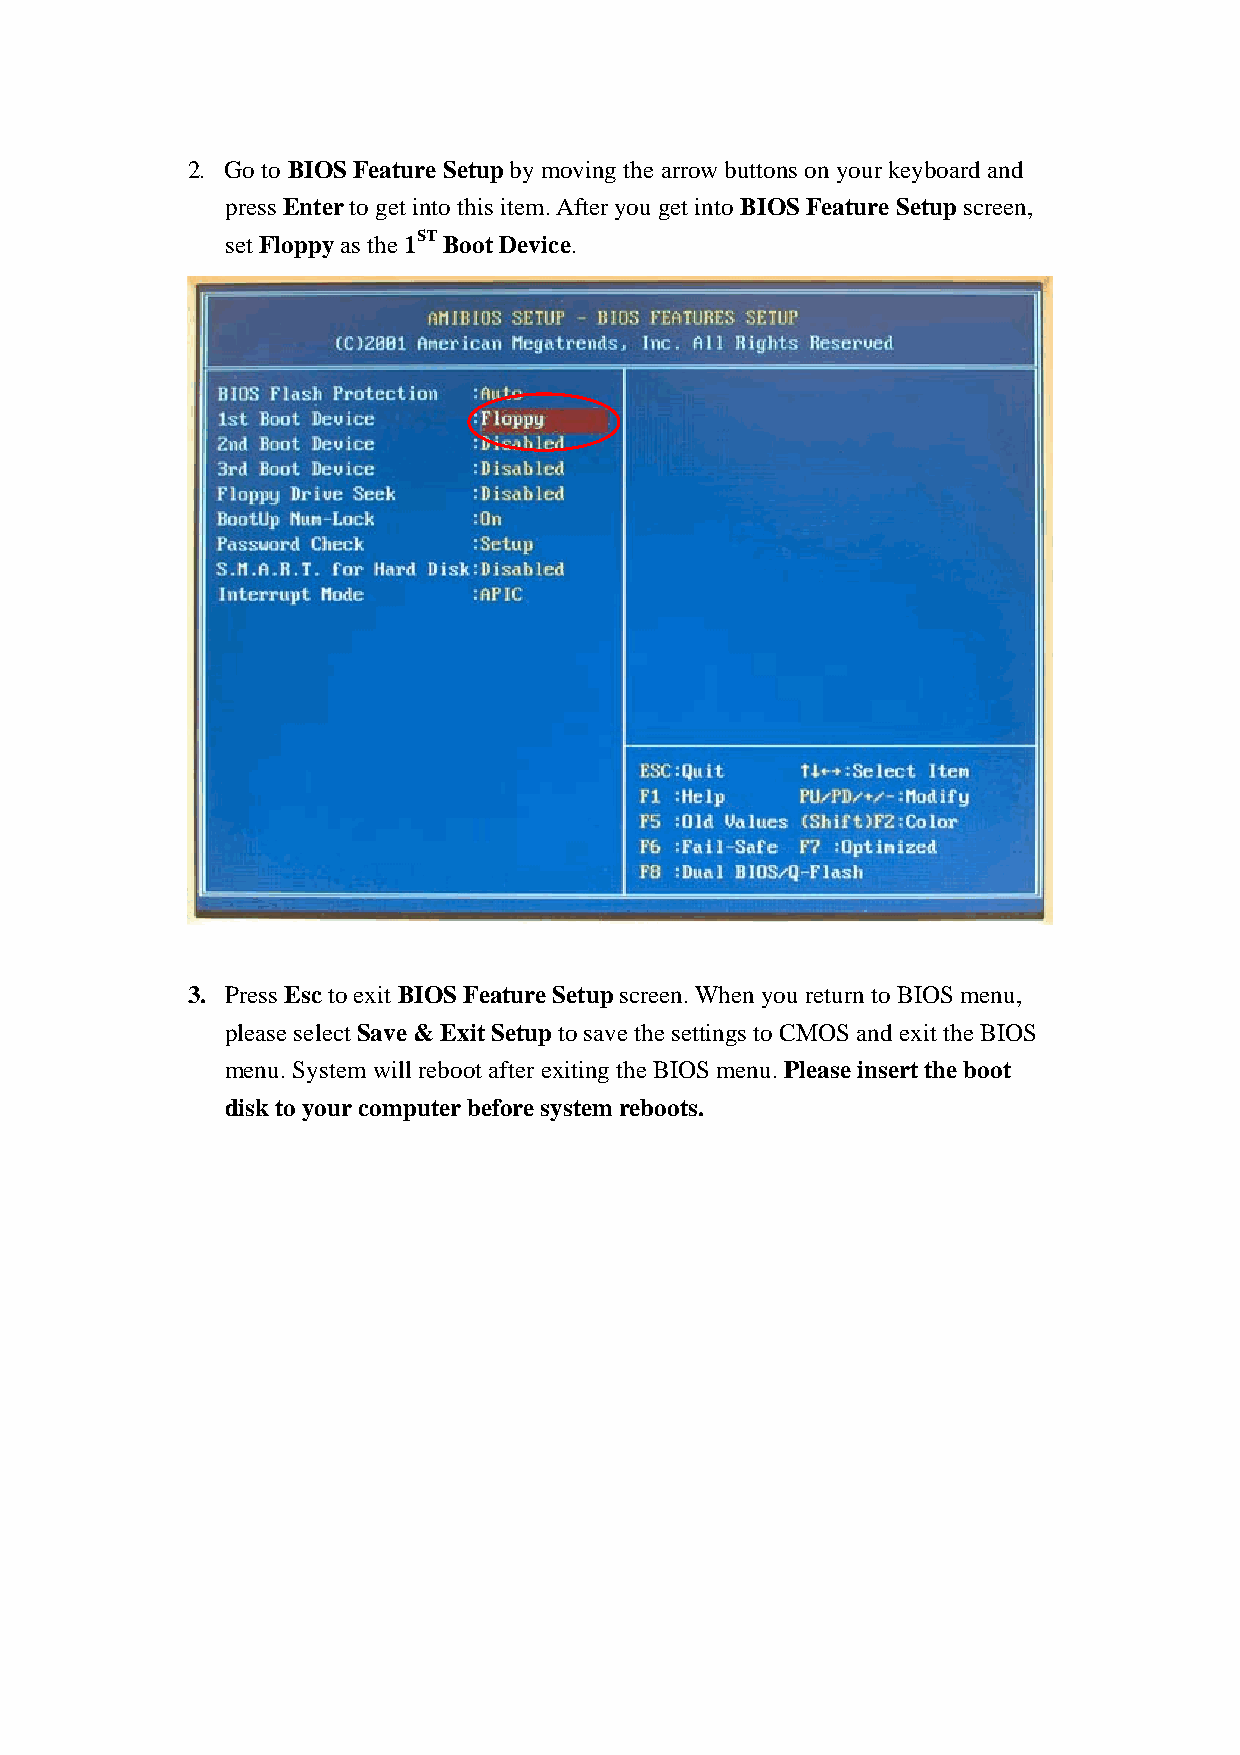
2. Go to BIOS Feature Setup by moving the arrow buttons on your keyboard and
 press Enter to get into this item. After you get into BIOS Feature Setup screen,
 set Floppy as the 1ST Boot Device.
 3. Press Esc to exit BIOS Feature Setup screen. When you return to BIOS menu,
 please select Save & Exit Setup to save the settings to CMOS and exit the BIOS
 menu. System will reboot after exiting the BIOS menu. Please insert the boot
 disk to your computer before system reboots.